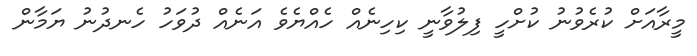
މީރާއަށް ކުރެވުނު ކުށްހީ ފިލުވާނީ ކިހިނެއް ހެއްޔެވެ އަނެއް ދުވަހު ހެނދުނު ޔަމާން